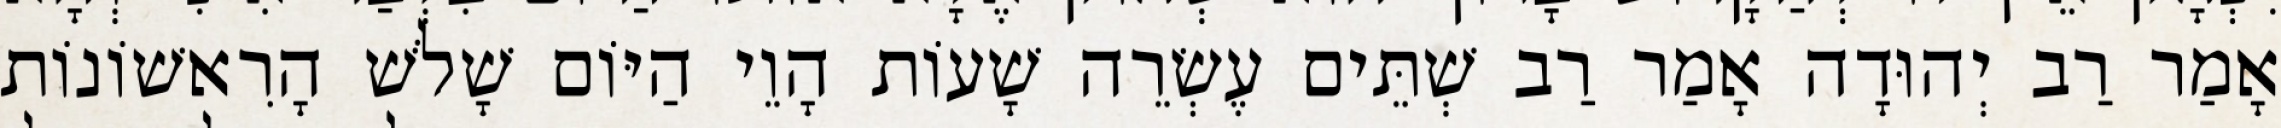
אָמַר רַב יְהוּדָה אָמַר רַב שְׁתֵּים עֶשְׂרֵה שָׁעוֹת הָוֵי הַיּוֹם שָׁלֹשׁ הָרִאשׁוֹנוֹת